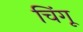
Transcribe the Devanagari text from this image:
चिंगू